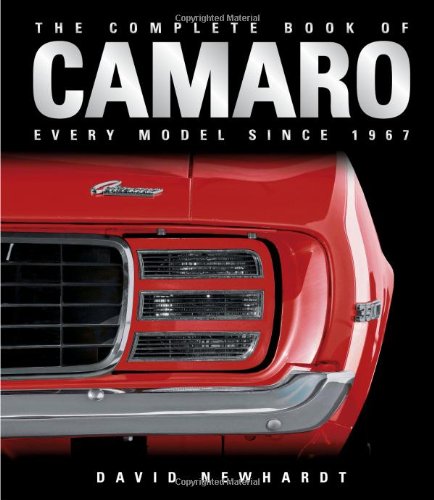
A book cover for The Complete Book of Camaro: Every Model Since 1967; David Newhardt; Engineering & Transportation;